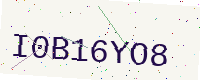
Text: I0B16YO8